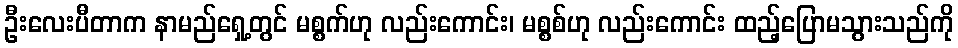
ဦးလေးပီတာက နာမည်ရှေ့တွင် မစ္စက်ဟု လည်းကောင်း၊ မစ္စစ်ဟု လည်းကောင်း ထည့်ပြောမသွားသည်ကို